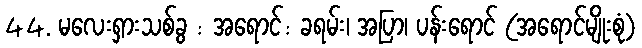
44. မလေးရှားသစ်ခွ : အရောင်: ခရမ်း၊ အပြာ၊ ပန်းရောင် (အရောင်မျိုးစုံ)